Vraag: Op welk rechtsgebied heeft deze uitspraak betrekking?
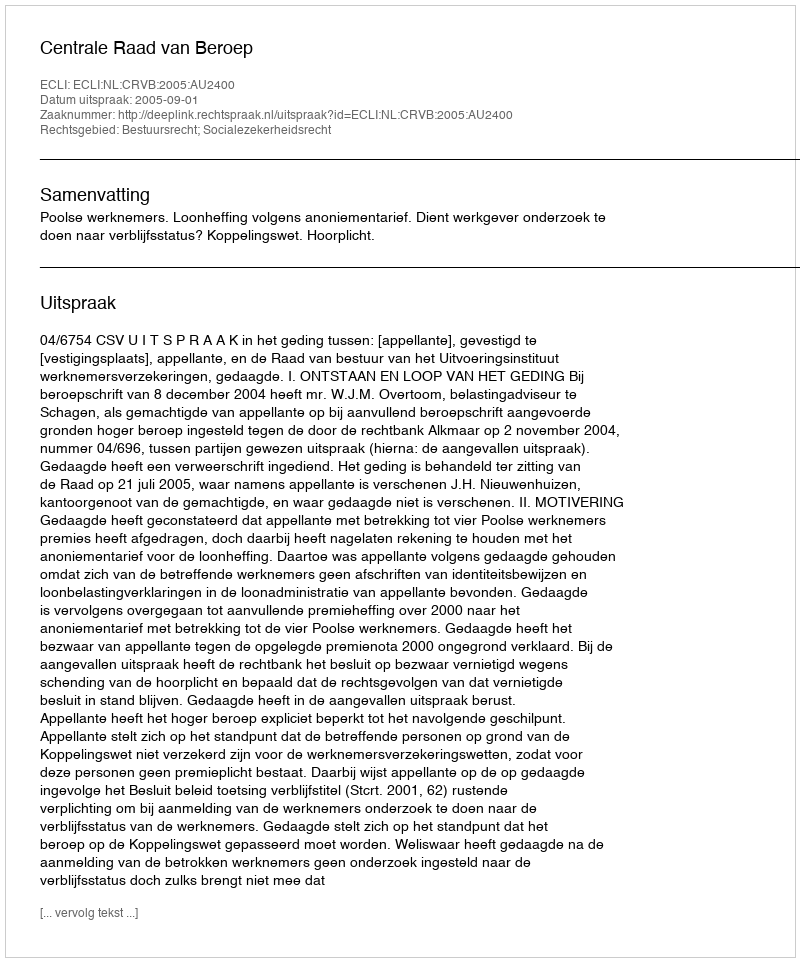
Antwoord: Bestuursrecht; Socialezekerheidsrecht